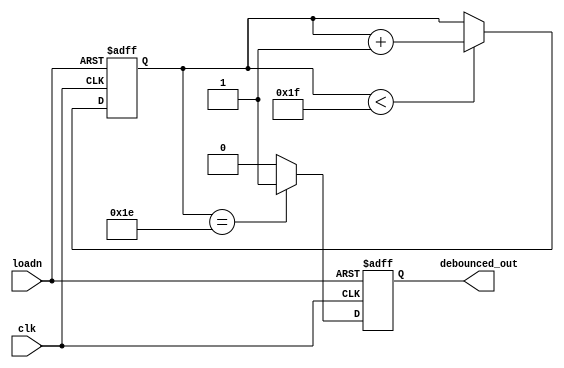
module debouncer
  (input wire clk,
   input wire loadn,
   output wire debounced_out);
  
  reg [4:0] i;
  reg a;
  assign debounced_out = a;
  
  always @ (posedge clk or posedge loadn)
    begin
      if (loadn) begin
		i <= 3'd0;
		a <= 0;
	  end
  	  else
        begin
          if (i < 5'd31)
            begin
              i <= i + 1;
            end
          if (i == 5'd30)
            begin
              a <= 1;
            end
          else 
            a <= 0;
        end
    end
  
endmodule